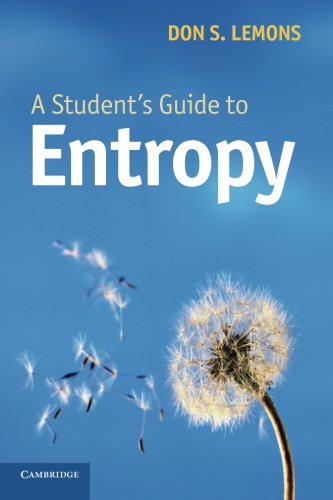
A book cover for A Student's Guide to Entropy; Don S. Lemons; Science & Math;